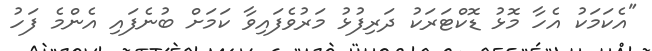
"އެކަމަކު އެހާ މޮޅު ޑޮކްޓަރަކު ދަރިފުޅު މަރުވެފައިވާ ކަމަށް ބުނެފައި އެންމެ ފަހު